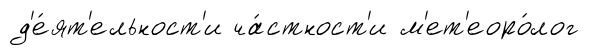
д'е́ят'ельност'и ча́стност'и м'ет'еоро́лог